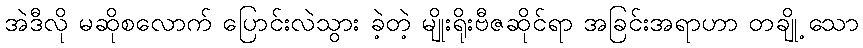
အဲဒီလို မဆိုစလောက် ပြောင်းလဲသွား ခဲ့တဲ့ မျိုးရိုးဗီဇဆိုင်ရာ အခြင်းအရာဟာ တချို့ သော